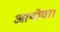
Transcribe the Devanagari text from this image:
आयोवा।